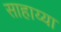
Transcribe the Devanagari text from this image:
साहाय्या